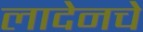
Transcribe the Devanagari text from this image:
लादेनचे